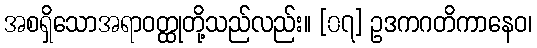
အစရှိသောအရာဝတ္ထုတို့သည်လည်း။ [၀၇] ဥဒကဂတိကာနေဝ၊